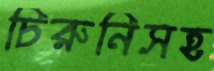
চিরুনিসহ